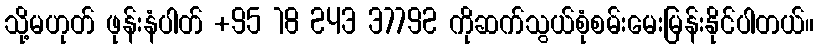
သို့မဟုတ် ဖုန်းနံပါတ် +95 18 243 37792 ကိုဆက်သွယ်စုံစမ်းမေးမြန်းနိုင်ပါတယ်။